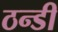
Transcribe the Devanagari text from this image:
ठन्डी